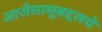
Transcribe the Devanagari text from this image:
आजेसासूबद्दलचे